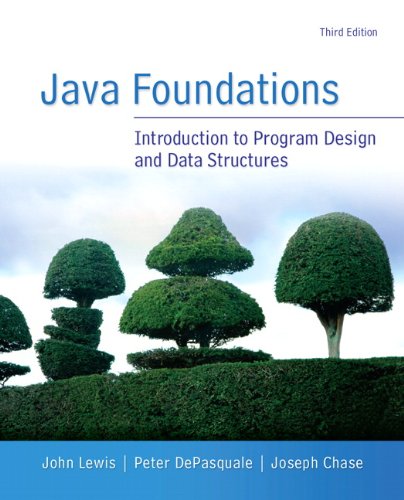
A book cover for Java Foundations (3rd Edition); John Lewis; Computers & Technology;